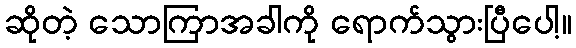
ဆိုတဲ့ သောကြာအခါကို ရောက်သွားပြီပေါ့။